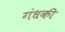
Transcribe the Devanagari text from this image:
गंधकी